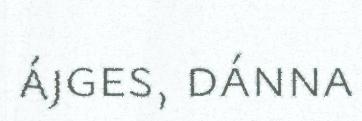
ájges, dánna